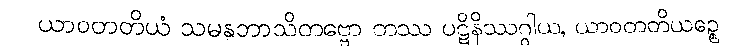
ယာဝတတိယံ သမနုဘာသိတဗ္ဗော တဿ ပဋိနိဿဂ္ဂါယ, ယာဝတတိယဉ္စေ